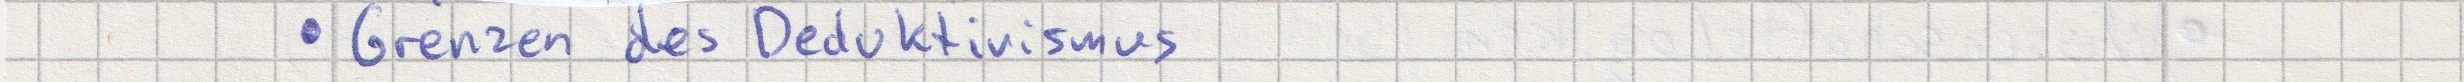
- Grenzen des Deduktivismus